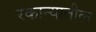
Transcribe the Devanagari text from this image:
रकान्यातील